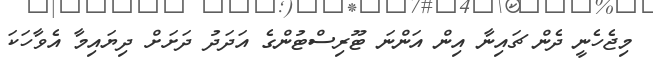
މިޖެެހެނީ ދެން ޗައިނާ އިން އަންނަ ޓޫރިސްޓުންގެ އަދަދު ދަށަށް ދިޔައިމާ އެވާހަކަ